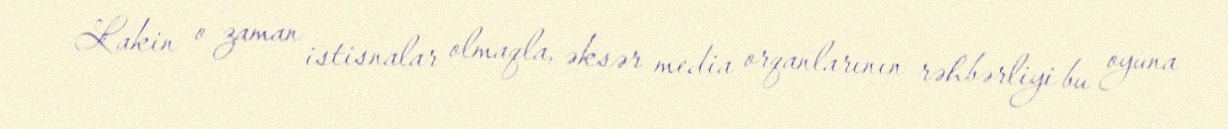
Lakin o zaman istisnalar olmaqla, əksər media orqanlarının rəhbərliyi bu oyuna